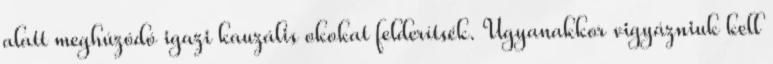
alatt meghúzódó igazi kauzális okokat felderítsék. Ugyanakkor vigyázniuk kell